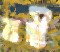
বদ্রী